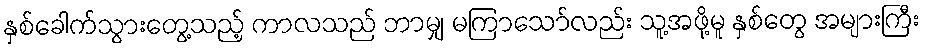
နှစ်ခေါက်သွားတွေ့သည့် ကာလသည် ဘာမျှ မကြာသော်လည်း သူ့အဖို့မူ နှစ်တွေ အများကြီး